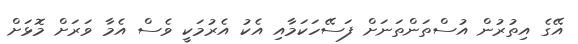
އޭގެ އިތުރުން އުސްތަންތަނަށް ފަސޭހަކަމާއި އެކު އެރުމަކީ ވެސް އެމާ ވަރަށް މޮޅަށް